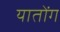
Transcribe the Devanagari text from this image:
यातोंग